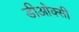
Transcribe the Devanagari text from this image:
डीओक्सी